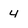
Character: 4